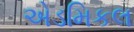
એડમિકલ